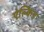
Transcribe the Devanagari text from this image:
ऐल्किड